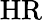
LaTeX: \mathrm{HR}